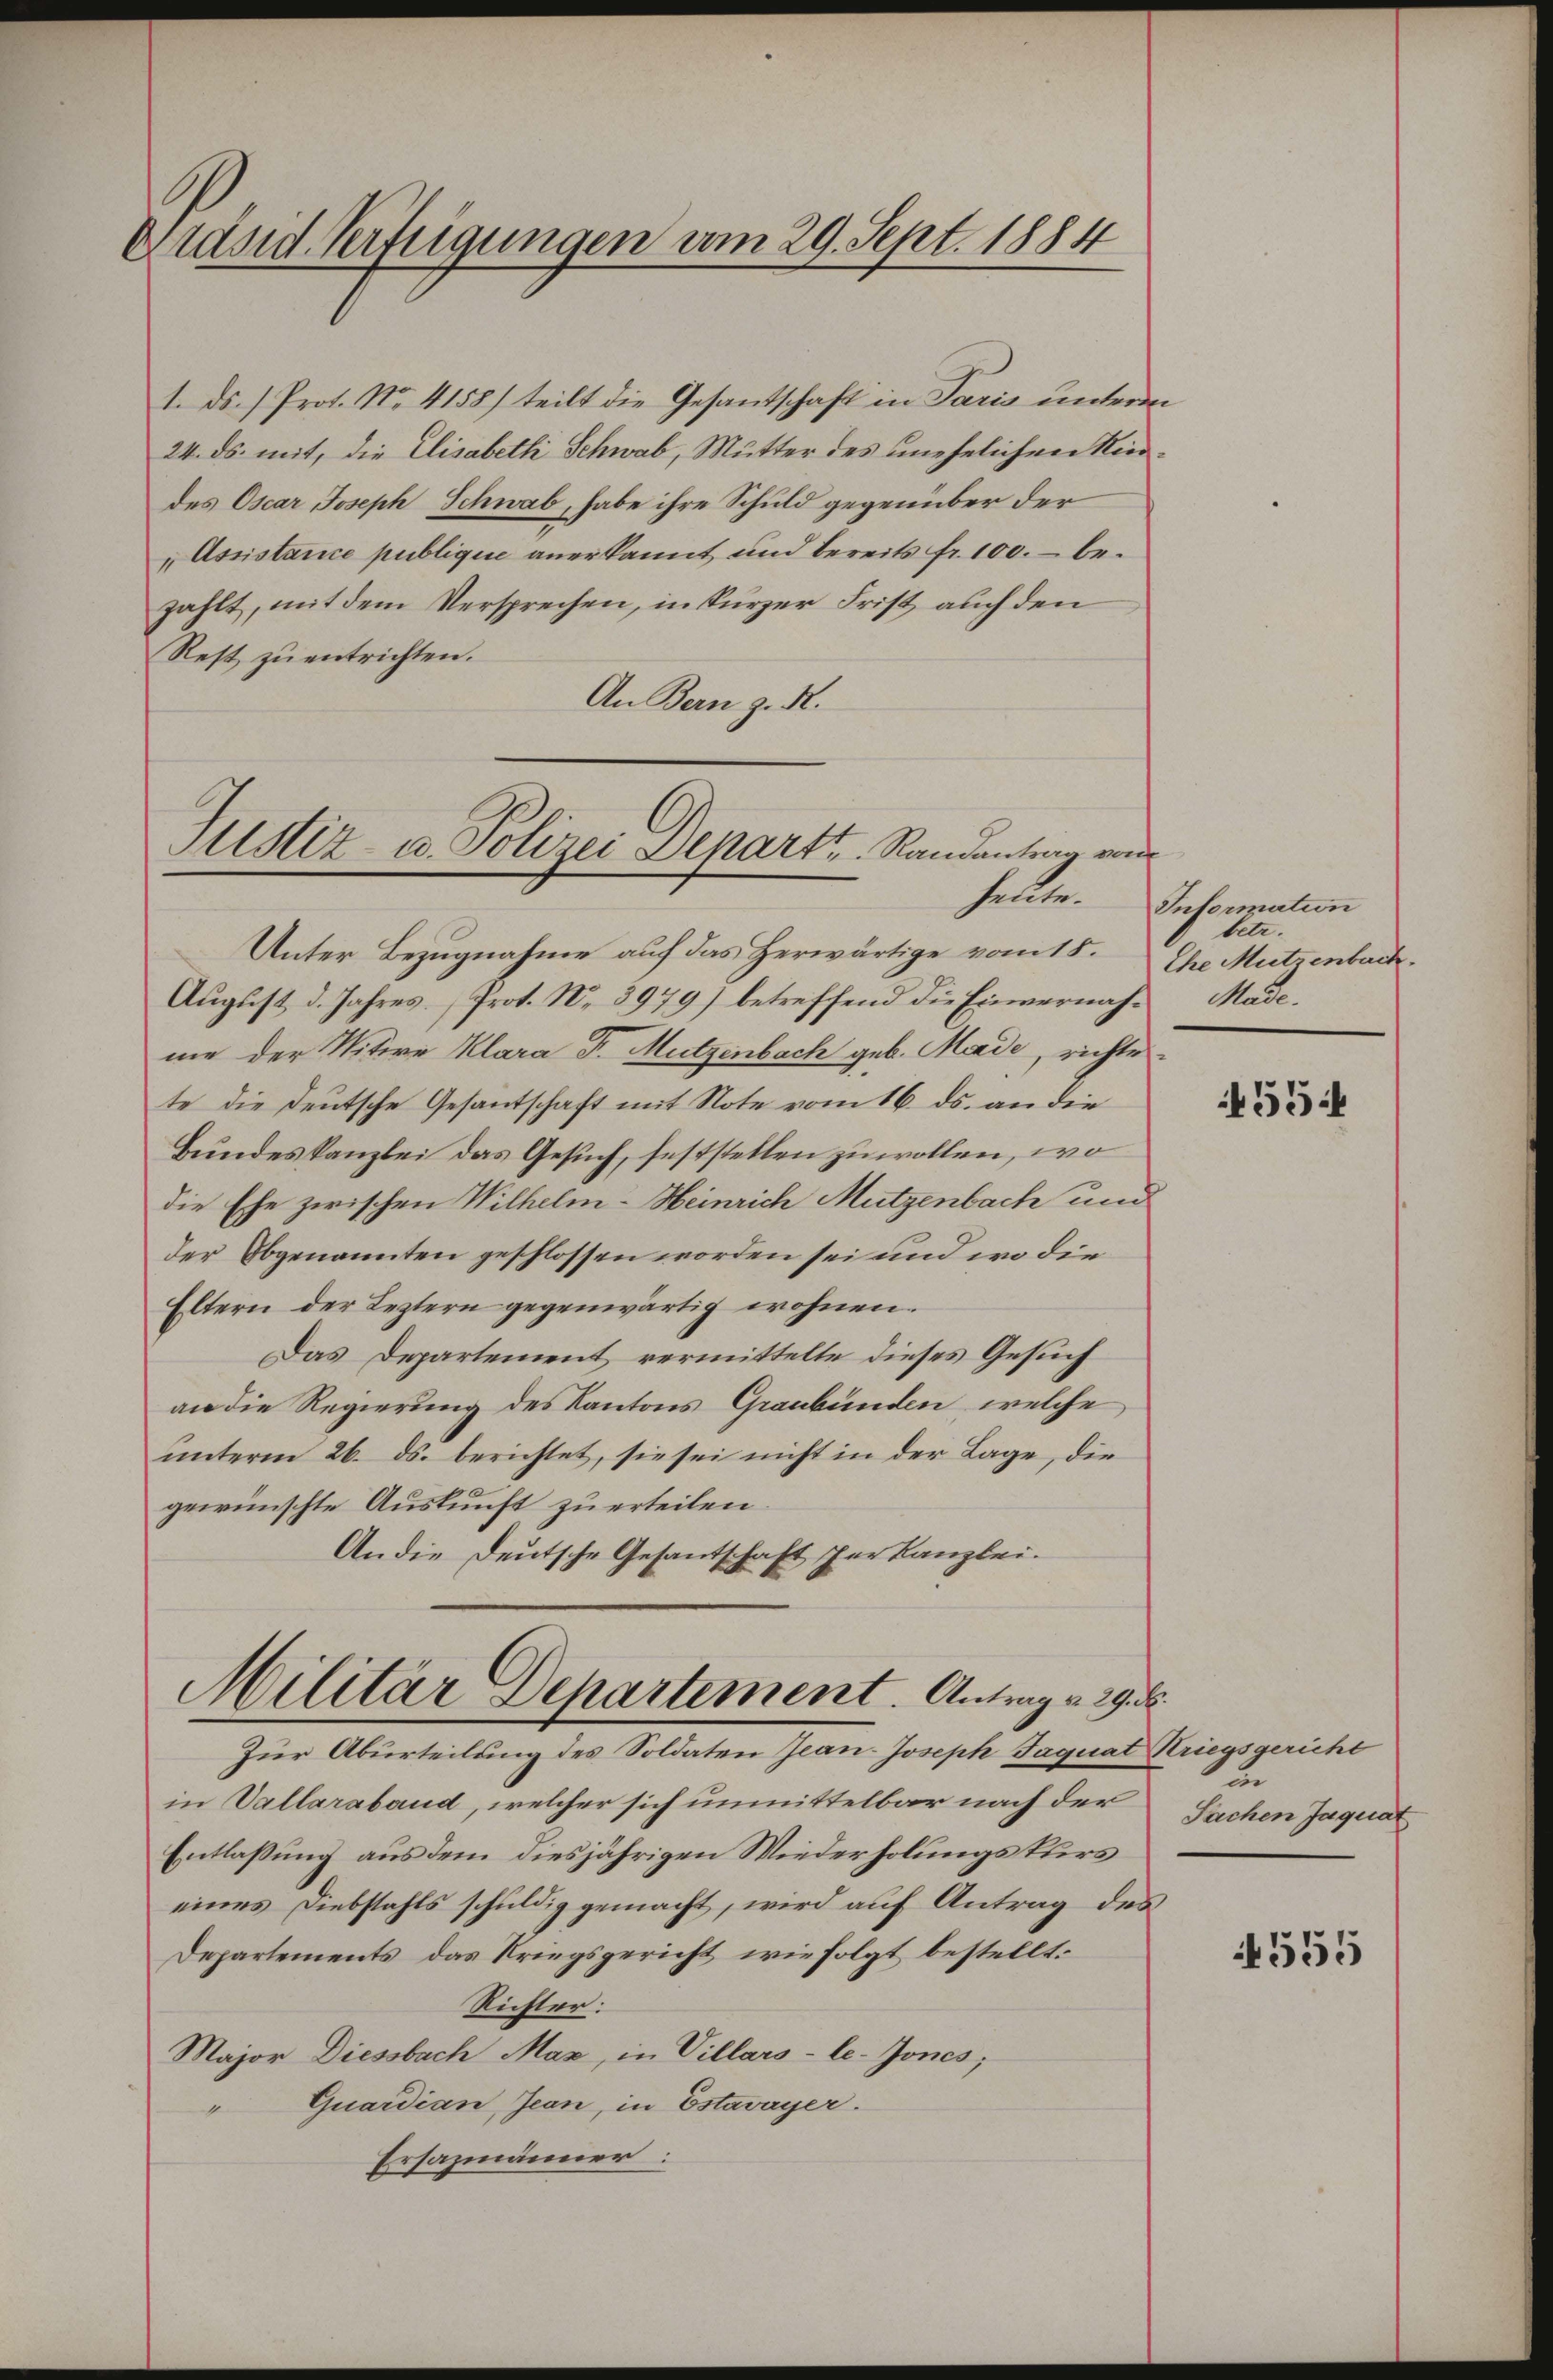
Eidsid. Verfügungen vom 29. Sept. 1884

1. ds. 1. Prot. No. 4158) teilt die Gesandschaft in Paris unterm
24. ds. mit, die Elisabetli Schwab, Mutter des unehelichen Kindes Oscar Joseph Schwab, habe ihre Schuld gegenüber der
„Assistance publique anerkannt und bereits fr. 100. – bezahlt, mit dem Versprechen, in kurzer Frist auch den
Rest zu entrichten.
An Bern z. R.

Justiz- u. Polizei Depart. Randantrag von
Unter Bezugnahme auf das Herwärtige vom 15.

Aŭgust d. Jahres. Prot. N. 3979) betreffend die Einvernah- Mäde
me der Witwe Klara Dr. Mützenbach geb. Made, richtes
te die Deutsche Gesantschaft mit Note vom 16. ds. an die
Bundeskanzlei das Gesuch, feststellen zu wollen, wo
die Ehe zwischen Wilhelm Heinrich Mutzenbach und
der Obgenannten geschlossen worden sei und wo die
Eltern der Leztern gegenwärtig wohnen.
Das Departement vermittelte dieses Gesuch
an die Regierung des Kantons Graubünden, welche
unterm 26. ds. berichtet, sie sei nicht in der Lage, die
gewünschte Auskunft zu erteilen.
An die Deutsche Gesandtschaft per Kanzlei.
Militär Departement. Antrag v. 29. 8
Zur Aburteilung des Soldaten Jean-Joseph Jaquat Kriegsgericht
in Vallaraband, welcher sich unmittelbar nach der
Entlassung aus dem diesjährigen Wiederholungskurs
eines Diebstahls schuldig gemacht, wird auf Antrag des
Departements das Kriegsgericht wie folgt bestellt.
Richter:
Major Diessbach Maz, in Villars-le-Gones;
Quardian Jean, in Estavayer.
Ersazmänner:

heite. Information
betr.
Ehe Mutzenbach.

455

un
Sachen Jaquat

4555